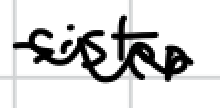
Text: sister
Cross-out: wave
Writing tool: digital_black